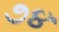
૭૪